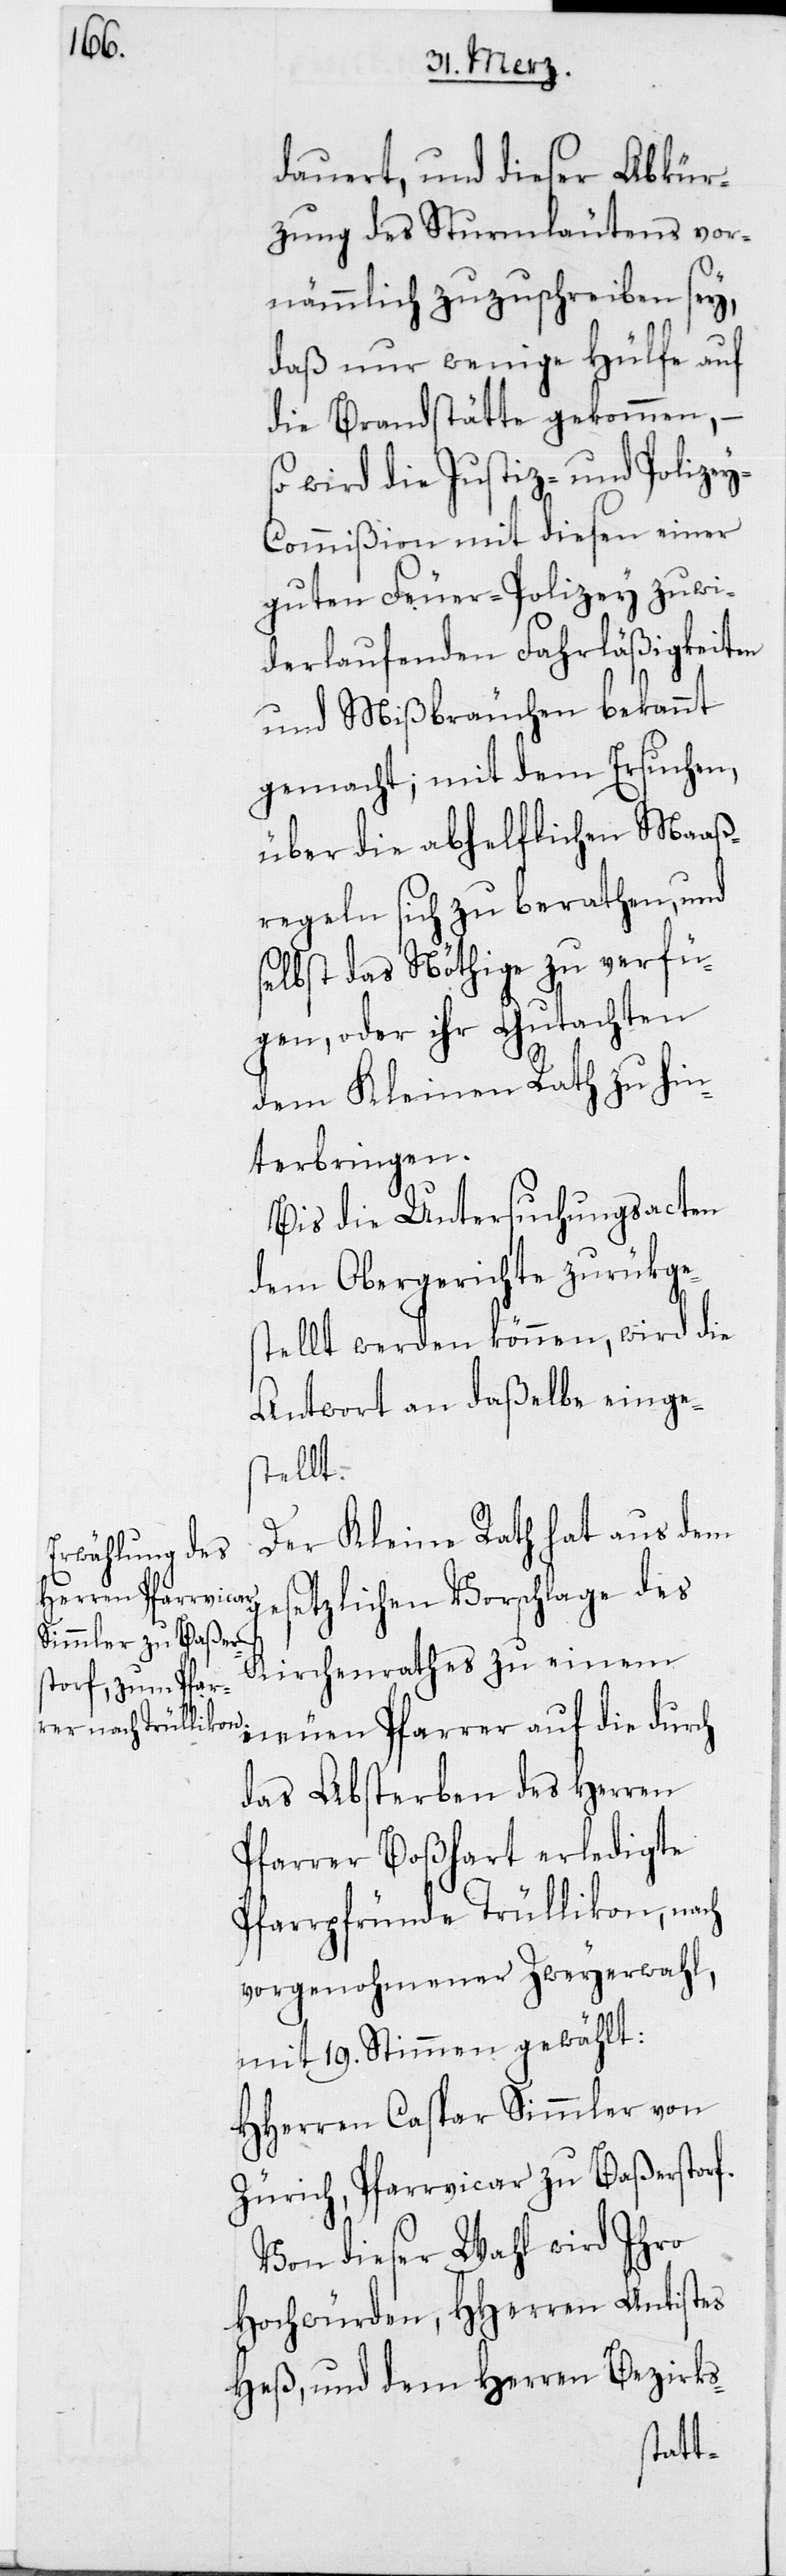
g¬

dauert, und dieser Abkür¬
zung des Sturmläutens vor¬
nehmlich zuzuschreiben sey,
daß nur wenige Hülfe auf
die Brandstätte gekommen, –
wird die Justiz- und Polize¬
y-Commißion mit diesen einer
guten Feuer-Polizey zuwi¬
derlaufenden Fahrläßigkeiten
und Mißbräuchen bekannt
gemacht; mit dem Ersuchen,
über die abhelflichen Maaß¬
regeln sich zu berathen, und
selbst das Nöthige zu verfü¬
gen, oder ihr Gutachten
dem Kleinen Rath zu hin¬
terbringen.
Bis die Untersuchungsacten
dem Obergerichte zurükge¬
stellt werden können, wird die
Antwort an daßelbe einge¬
stellt.
Der Kleine Rath hat aus dem
esetzlichen Vorschlage des
Kirchenrathes zu einem
neuen Pfarrer auf die durch
das Absterben des Herren
Pfarrer Boßhart erledigte
Pfarrpfründe Trüllikon, nach
vorgenohmener Zweyerwahl,
mit 19. Stimmen gewählt:
HHerren Caspar Simmler von
Zürich, Pfarrvicar zu Baßerstorf.
Von dieser Wahl wird Ihro
Hochwürden, HHerren Antistes
Heß, und dem Herren Bezirks-